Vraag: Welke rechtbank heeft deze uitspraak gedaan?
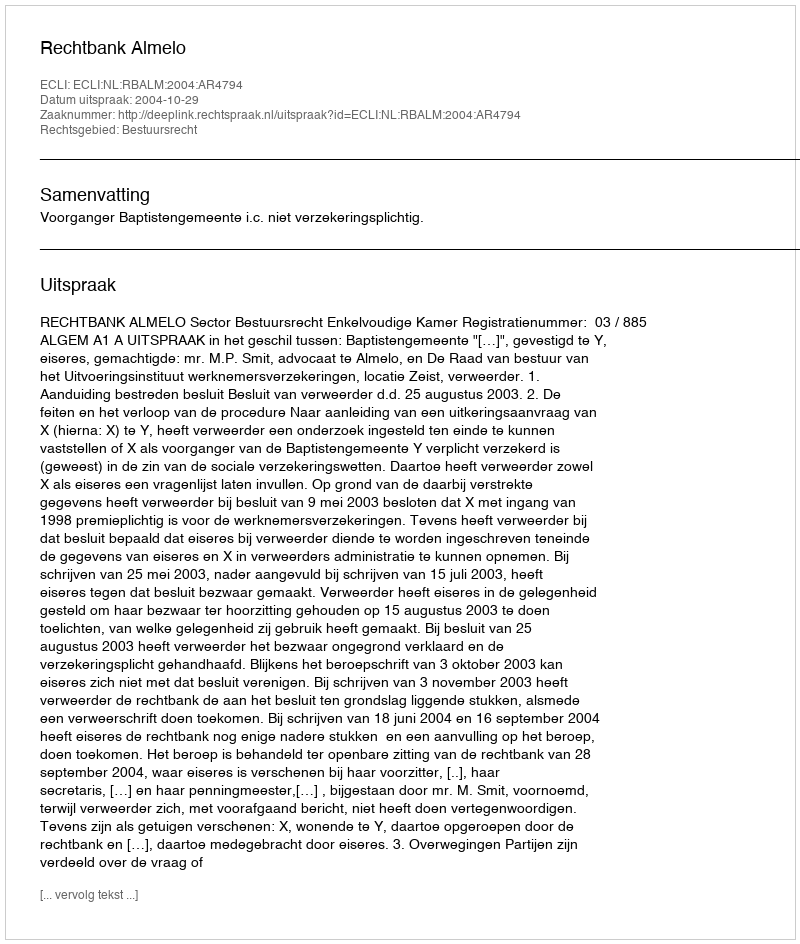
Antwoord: Rechtbank Almelo